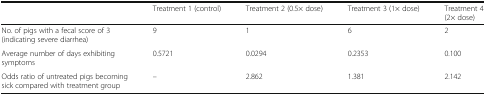
|  | Treatment 1 (control) | Treatment 2 (0.5× dose) | Treatment 3 (1× dose) | Treatment 4(2× dose) |
 | --- | --- | --- | --- | --- |
 | No. of pigs with a fecal score of 3 (indicating severe diarrhea) | 9 | 1 | 6 | 2 |
 | Average number of days exhibiting symptoms | 0.5721 | 0.0294 | 0.2353 | 0.100 |
 | Odds ratio of untreated pigs becoming sick compared with treatment group | – | 2.862 | 1.381 | 2.142 |